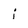
Character: i